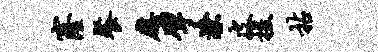
窿餐应擘潦皮援拈